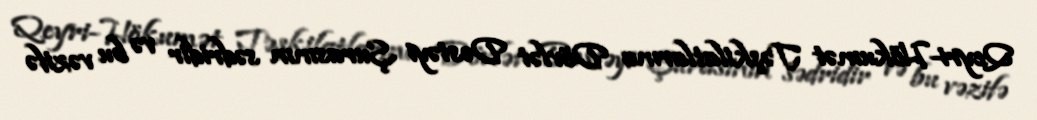
Qeyri-Hökumət Təşkilatlarına Dövlət Dəstəyi Şurasının sədridir və bu vəzifə